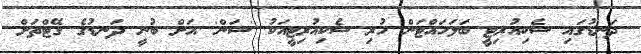
ދަނޑުގައި ސެކިއުރިޓީ ބަލަހައްޓަން ހުރި ސެކިއުރިޓީއަކު 'ސަން' އަށް ބުނީ ދަނޑުގެ ގޭޓްތަށް